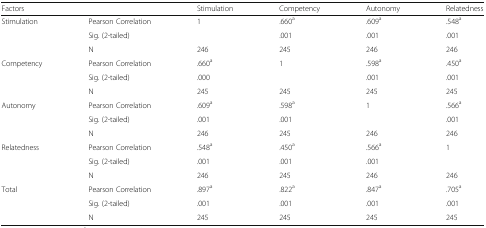
<table><thead><tr><td><b>Factors</b></td><td></td><td><b>Stimulation</b></td><td><b>Competency</b></td><td><b>Autonomy</b></td><td><b>Relatedness</b></td></tr></thead><tbody><tr><td rowspan="3">Stimulation</td><td>Pearson Correlation</td><td>1</td><td>.660<sup>a</sup></td><td>.609<sup>a</sup></td><td>.548<sup>a</sup></td></tr><tr><td>Sig. (2-tailed)</td><td></td><td>.001</td><td>.001</td><td>.001</td></tr><tr><td>N</td><td>246</td><td>245</td><td>246</td><td>246</td></tr><tr><td rowspan="3">Competency</td><td>Pearson Correlation</td><td>.660<sup>a</sup></td><td>1</td><td>.598<sup>a</sup></td><td>.450<sup>a</sup></td></tr><tr><td>Sig. (2-tailed)</td><td>.000</td><td></td><td>.001</td><td>.001</td></tr><tr><td>N</td><td>245</td><td>245</td><td>245</td><td>245</td></tr><tr><td rowspan="3">Autonomy</td><td>Pearson Correlation</td><td>.609<sup>a</sup></td><td>.598<sup>a</sup></td><td>1</td><td>.566<sup>a</sup></td></tr><tr><td>Sig. (2-tailed)</td><td>.001</td><td>.001</td><td></td><td>.001</td></tr><tr><td>N</td><td>246</td><td>245</td><td>246</td><td>246</td></tr><tr><td rowspan="3">Relatedness</td><td>Pearson Correlation</td><td>.548<sup>a</sup></td><td>.450<sup>a</sup></td><td>.566<sup>a</sup></td><td>1</td></tr><tr><td>Sig. (2-tailed)</td><td>.001</td><td>.001</td><td>.001</td><td></td></tr><tr><td>N</td><td>246</td><td>245</td><td>246</td><td>246</td></tr><tr><td rowspan="3">Total</td><td>Pearson Correlation</td><td>.897<sup>a</sup></td><td>.822<sup>a</sup></td><td>.847<sup>a</sup></td><td>.705<sup>a</sup></td></tr><tr><td>Sig. (2-tailed)</td><td>.001</td><td>.001</td><td>.001</td><td>.001</td></tr><tr><td>N</td><td>245</td><td>245</td><td>245</td><td>245</td></tr></tbody></table>